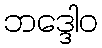
ဘဒ္ဒေါဝ